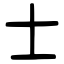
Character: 士